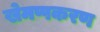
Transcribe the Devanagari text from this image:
खेमप्पकरण